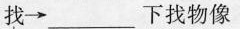
找\rightarrow ___下找物像